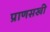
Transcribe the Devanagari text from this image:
प्राणसखी